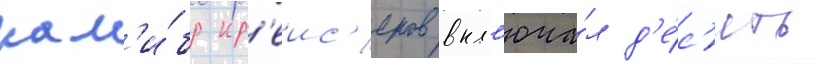
кал'и́бр кр'еис'еров вкл'юча́л д'е́с'ять